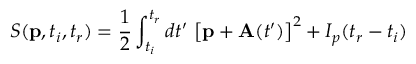
S ( \mathbf { p } , t _ { i } , t _ { r } ) = \frac 1 2 \int _ { t _ { i } } ^ { t _ { r } } d t ^ { \prime } \, \left[ \mathbf { p } + \mathbf { A } ( t ^ { \prime } ) \right] ^ { 2 } + I _ { p } ( t _ { r } - t _ { i } )